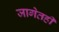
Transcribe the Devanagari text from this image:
जागेतही